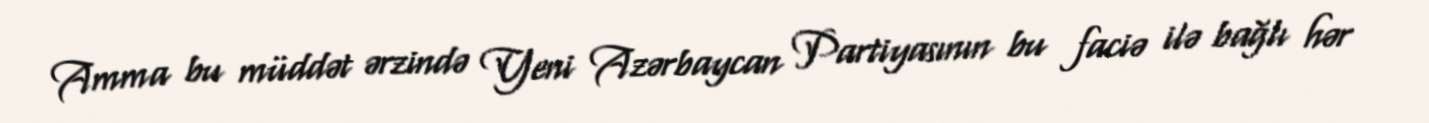
Amma bu müddət ərzində Yeni Azərbaycan Partiyasının bu faciə ilə bağlı hər